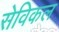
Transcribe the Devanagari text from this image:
सेविकल